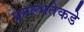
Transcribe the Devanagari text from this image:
प्रगल्‍भतेकडे